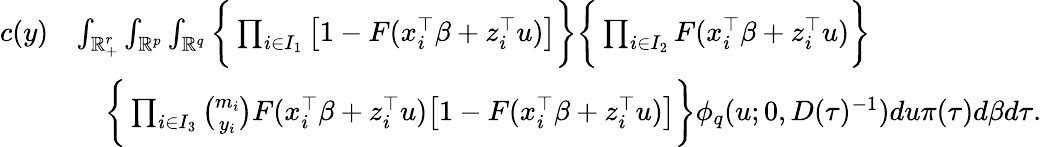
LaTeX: \begin{array}{rl}{c(y)}&{\le\int_{\mathbb{R}_{+}^{r}}\int_{\mathbb{R}^{p}}\int_{\mathbb{R}^{q}}\bigg\{ \prod_{i\in I_{1}}\big[1-F(x_{i}^{\top}\beta+z_{i}^{\top}u)\big]\bigg\} \bigg\{ \prod_{i\in I_{2}}F(x_{i}^{\top}\beta+z_{i}^{\top}u)\bigg\} }\\ &{\quad\bigg\{ \prod_{i\in I_{3}}{\binom{m_{i}}{y_{i}}}F(x_{i}^{\top}\beta+z_{i}^{\top}u)\big[1-F(x_{i}^{\top}\beta+z_{i}^{\top}u)\big]\bigg\} \phi_{q}(u;0,D(\tau)^{-1})du\pi(\tau)d\beta d\tau.}\end{array}